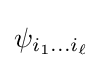
\psi _{i_{1}\dots i_{\ell }}